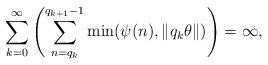
LaTeX: \begin{align*}\sum_{k=0}^{\infty}\left(\sum_{n=q_k}^{q_{k+1}-1}\min(\psi(n),\| q_k\theta\|)\right)=\infty,\end{align*}